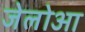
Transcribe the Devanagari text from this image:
जेलोआ